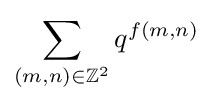
\sum _{(m,n)\in \mathbb {Z} ^{2}}q^{f(m,n)}